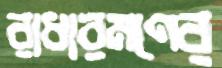
রাধারমণের